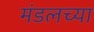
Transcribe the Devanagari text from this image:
मंडलच्या